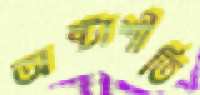
অষ্টাশীতি